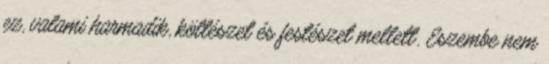
ez, valami harmadik, költészet és festészet mellett. Eszembe nem